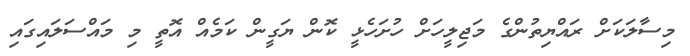
މިސާލަކަށް ރައްޔިތުންގެ މަޖިލީހަށް ހުށަހެޅީ ކޮން ޔަގީން ކަމެއް އޮތީ މި މައްސަލައިގައި